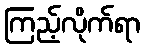
ကြည့်လိုက်ရာ